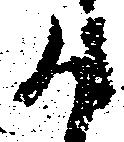
か